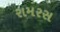
રામરસ